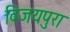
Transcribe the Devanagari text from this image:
विजयपुरा